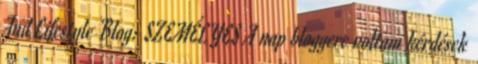
And Lifestyle Blog: SZEMÉLYES A nap bloggere voltam kérdések